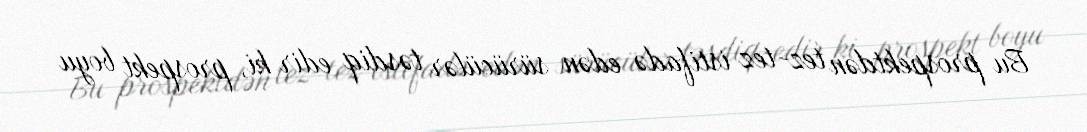
Bu prospektdən tez-tez istifadə edən sürücülər təsdiq edir ki, prospekt boyu